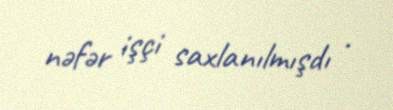
nəfər işçi saxlanılmışdı .